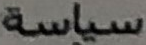
سياسة